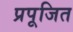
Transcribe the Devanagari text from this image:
प्रपूजित